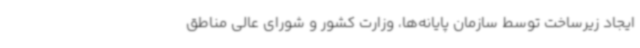
ایجاد زیرساخت توسط سازمان پایانه‌ها، وزارت کشور و شورای عالی مناطق